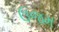
ઉજમ